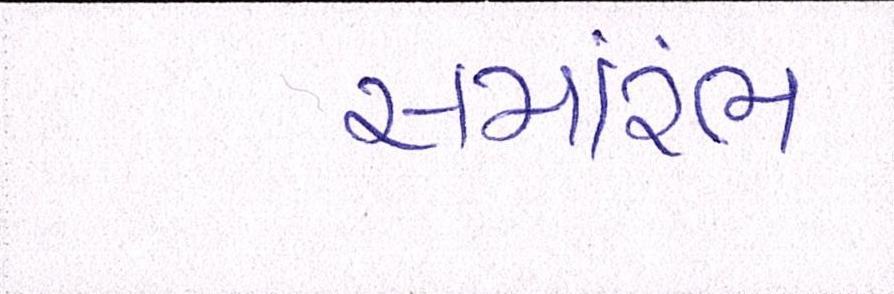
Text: સમાંરભ